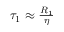
\begin{array} { r } { \tau _ { 1 } \approx \frac { R _ { 1 } } { \eta } } \end{array}